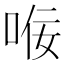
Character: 𫪢